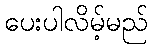
ပေးပါလိမ့်မည်